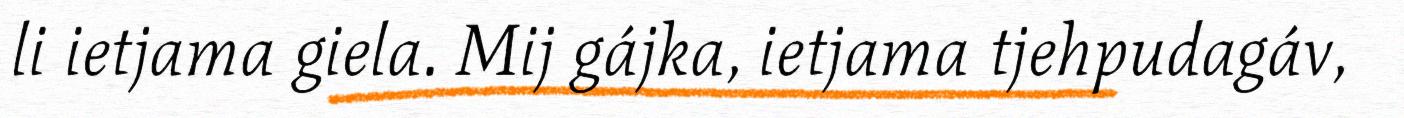
li ietjama giela. Mij gájka, ietjama tjehpudagáv,